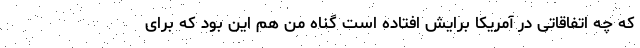
که چه اتفاقاتی در آمریکا برایش افتاده است گناه من هم این بود که برای